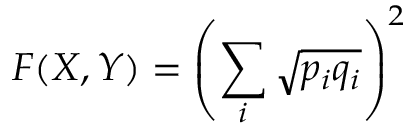
F ( X , Y ) = \left( \sum _ { i } { \sqrt { p _ { i } q _ { i } } } \right) ^ { 2 }